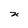
Character: n